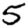
Digit: 5